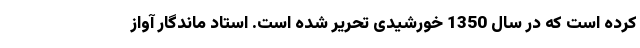
کرده است که در سال 1350 خورشیدی تحریر شده است. استاد ماندگار آواز